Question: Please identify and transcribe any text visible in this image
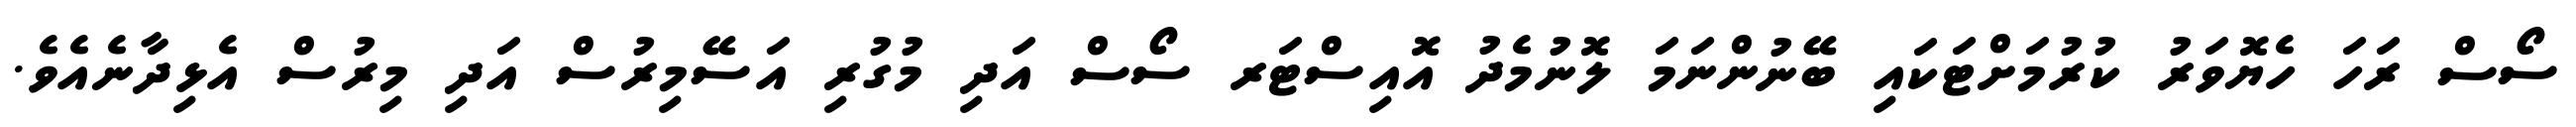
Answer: ސޯސް ރަހަ ހެޔޮވަރު ކުރުމަށްޓަކައި ބޭނުންނަމަ ލޮނުމެދު އޮއިސްޓަރ ސޯސް އަދި މުގުރި އަސޭމިރުސް އަދި މިރުސް އެޅިދާނެއެވެ.